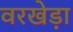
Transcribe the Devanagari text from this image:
वरखेड़ा